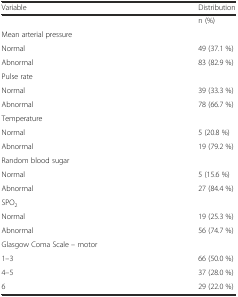
<table><thead><tr><td><b>Variable</b></td><td><b>Distribution</b></td></tr></thead><tbody><tr><td></td><td>n (%)</td></tr><tr><td>Mean arterial pressure</td><td></td></tr><tr><td>Normal</td><td>49 (37.1 %)</td></tr><tr><td>Abnormal</td><td>83 (82.9 %)</td></tr><tr><td>Pulse rate</td><td></td></tr><tr><td>Normal</td><td>39 (33.3 %)</td></tr><tr><td>Abnormal</td><td>78 (66.7 %)</td></tr><tr><td>Temperature</td><td></td></tr><tr><td>Normal</td><td>5 (20.8 %)</td></tr><tr><td>Abnormal</td><td>19 (79.2 %)</td></tr><tr><td>Random blood sugar</td><td></td></tr><tr><td>Normal</td><td>5 (15.6 %)</td></tr><tr><td>Abnormal</td><td>27 (84.4 %)</td></tr><tr><td>SPO<sub>2</sub></td><td></td></tr><tr><td>Normal</td><td>19 (25.3 %)</td></tr><tr><td>Abnormal</td><td>56 (74.7 %)</td></tr><tr><td>Glasgow Coma Scale – motor</td><td></td></tr><tr><td>1–3</td><td>66 (50.0 %)</td></tr><tr><td>4–5</td><td>37 (28.0 %)</td></tr><tr><td>6</td><td>29 (22.0 %)</td></tr></tbody></table>